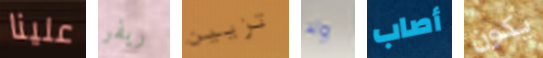
علينا ريفر تزيين ولا أصاب يكون